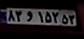
۸۳و۱۵۲۵۳